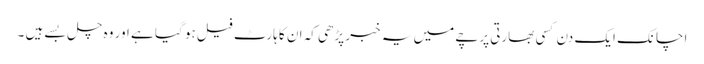
اچانک ایک دن کسی بھارتی پرچے میں یہ خبر پڑھی کہ ان کا ہارٹ فیل ہو گیا ہے اور وہ چل بسے ہیں ۔